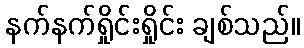
နက်နက်ရှိုင်းရှိုင်း ချစ်သည်။